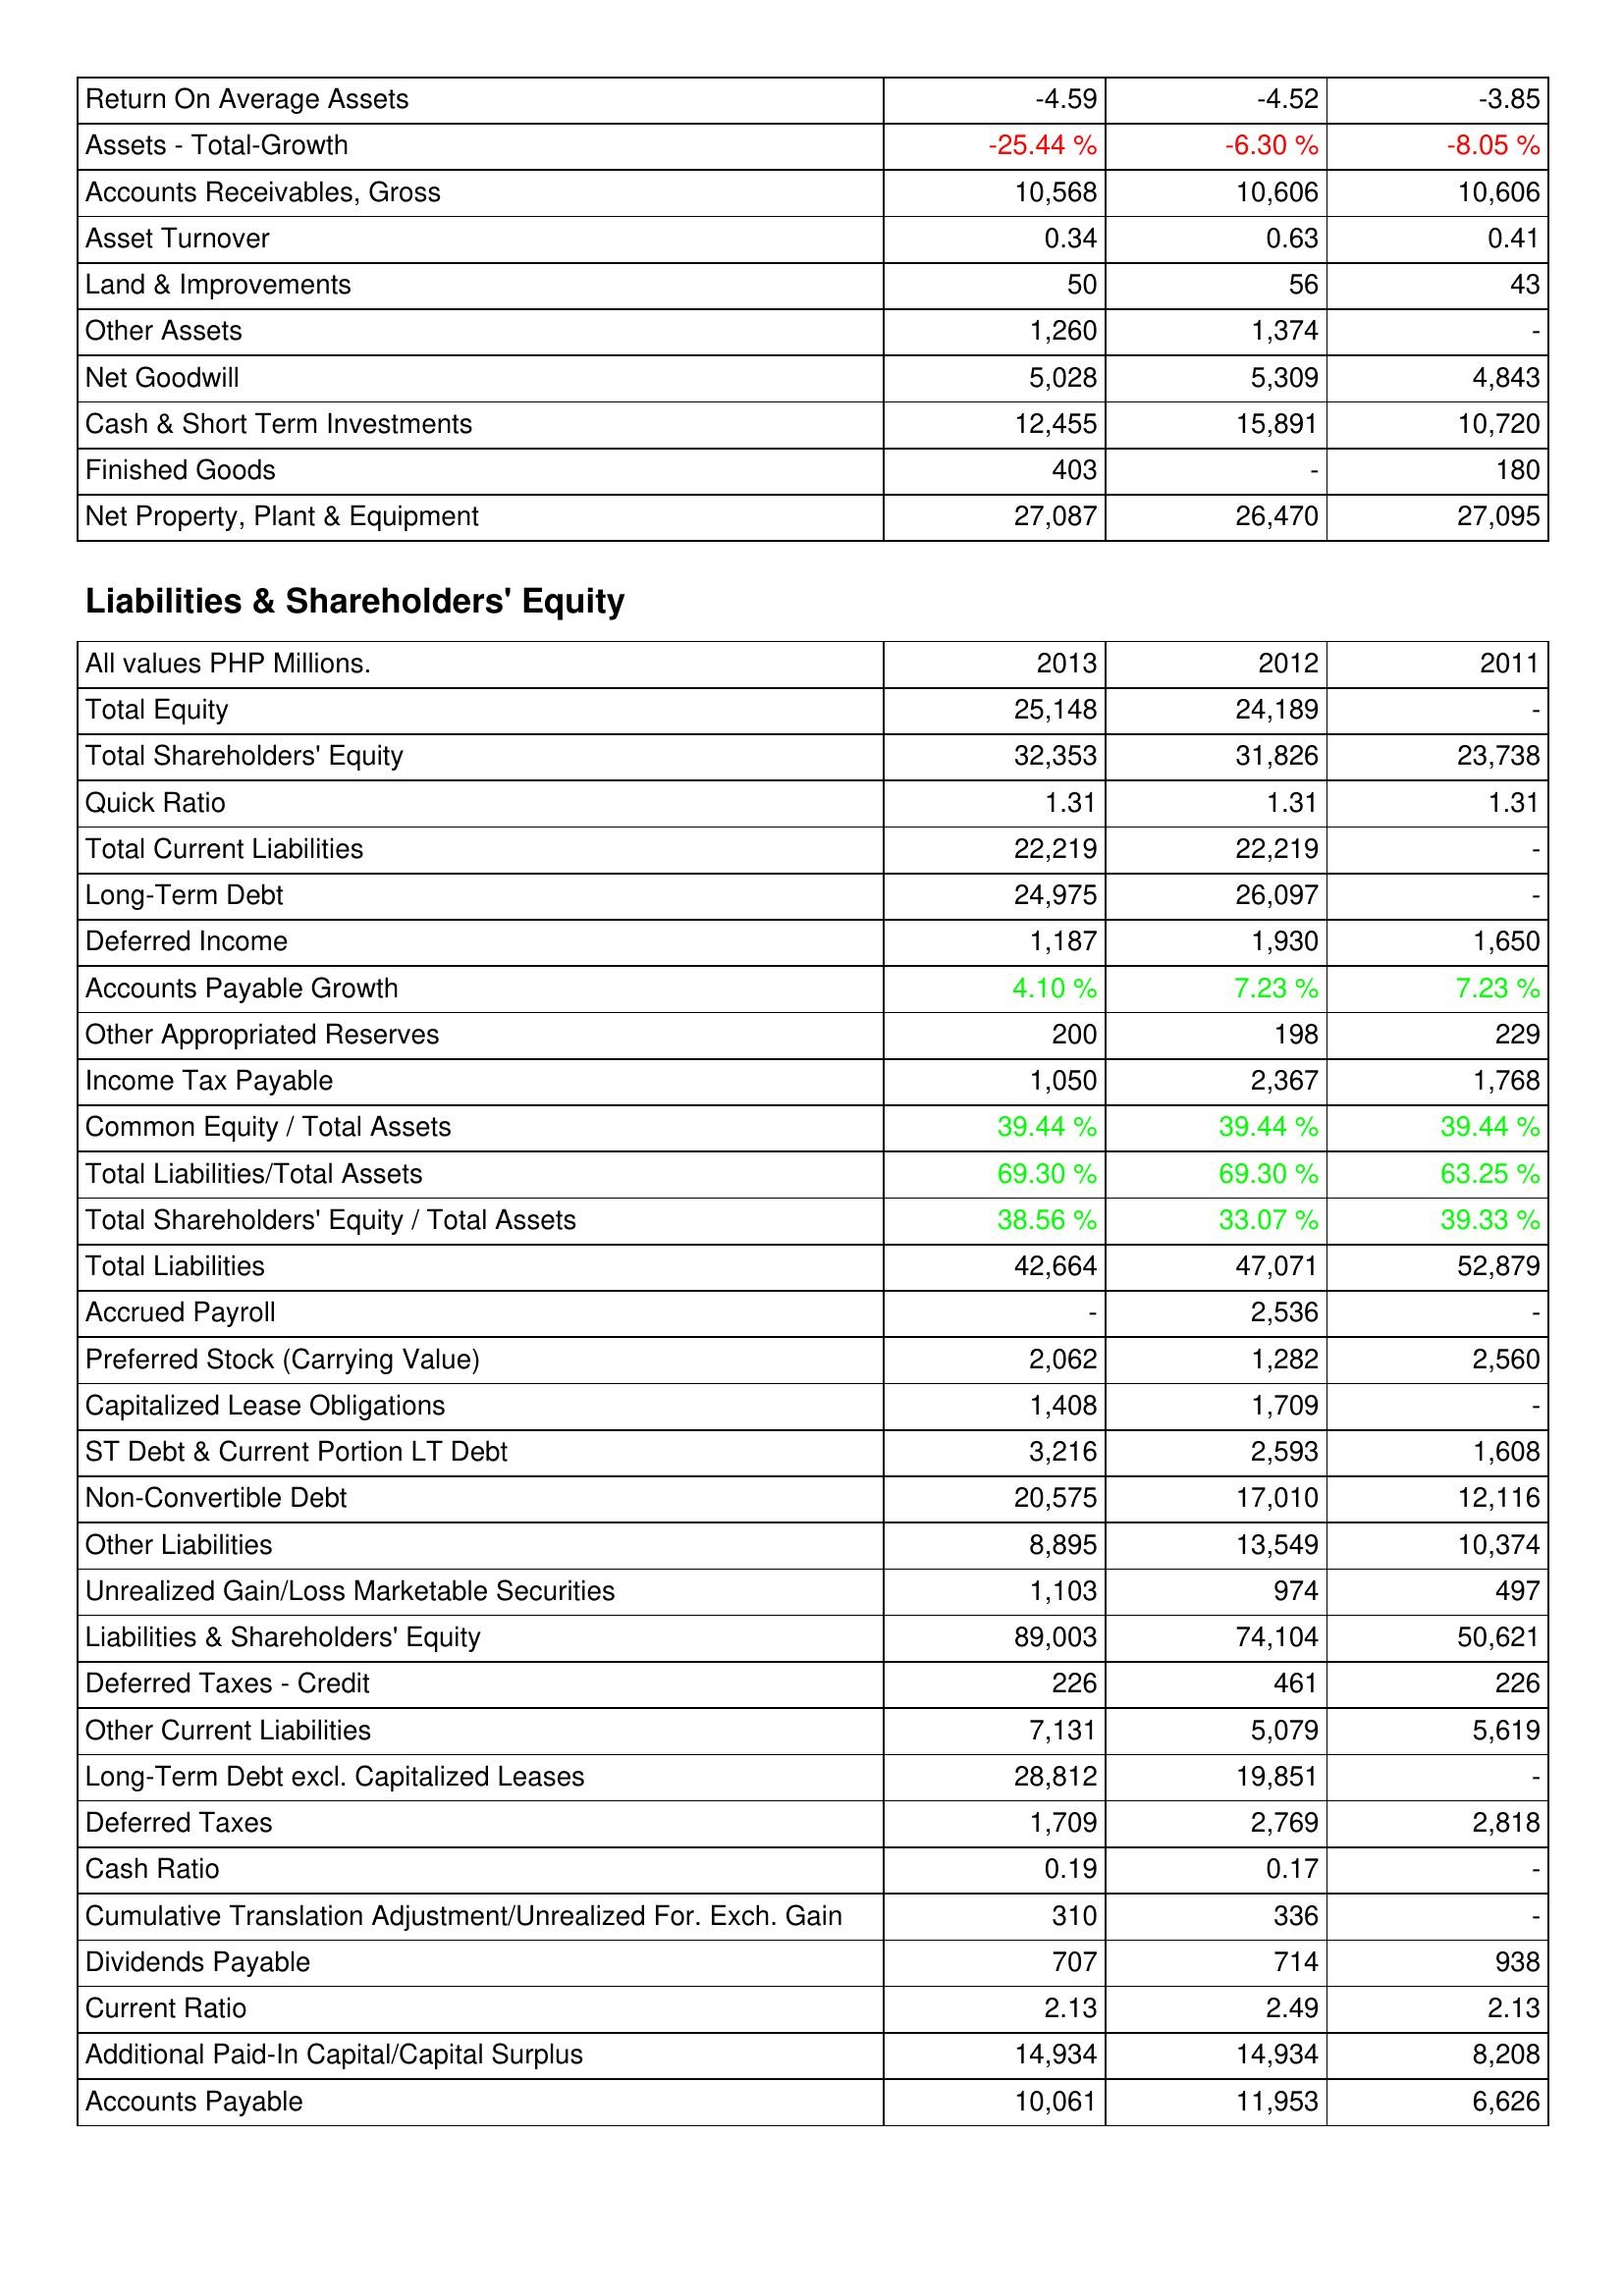
2013: Assets: Return On Average Assets: -4.59
Assets - Total-Growth: -25.44 %
Accounts Receivables, Gross: 10,568
Asset Turnover: 0.34
Land & Improvements: 50
Other Assets: 1,260
Net Goodwill: 5,028
Cash & Short Term Investments: 12,455
Finished Goods: 403
Net Property, Plant & Equipment: 27,087
Liabilities & Shareholders' Equity: Total Equity: 25,148
Total Shareholders' Equity: 32,353
Quick Ratio: 1.31
Total Current Liabilities: 22,219
Long-Term Debt: 24,975
Deferred Income: 1,187
Accounts Payable Growth: 4.10 %
Other Appropriated Reserves: 200
Income Tax Payable: 1,050
Common Equity / Total Assets: 39.44 %
Total Liabilities/Total Assets: 69.30 %
Total Shareholders' Equity / Total Assets: 38.56 %
Total Liabilities: 42,664
Accrued Payroll: -
Preferred Stock (Carrying Value): 2,062
Capitalized Lease Obligations: 1,408
ST Debt & Current Portion LT Debt: 3,216
Non-Convertible Debt: 20,575
Other Liabilities: 8,895
Unrealized Gain/Loss Marketable Securities: 1,103
Liabilities & Shareholders' Equity: 89,003
Deferred Taxes - Credit: 226
Other Current Liabilities: 7,131
Long-Term Debt excl. Capitalized Leases: 28,812
Deferred Taxes: 1,709
Cash Ratio: 0.19
Cumulative Translation Adjustment/Unrealized For. Exch. Gain: 310
Dividends Payable: 707
Current Ratio: 2.13
Additional Paid-In Capital/Capital Surplus: 14,934
Accounts Payable: 10,061
2012: Assets: Return On Average Assets: -4.52
Assets - Total-Growth: -6.30 %
Accounts Receivables, Gross: 10,606
Asset Turnover: 0.63
Land & Improvements: 56
Other Assets: 1,374
Net Goodwill: 5,309
Cash & Short Term Investments: 15,891
Finished Goods: -
Net Property, Plant & Equipment: 26,470
Liabilities & Shareholders' Equity: Total Equity: 24,189
Total Shareholders' Equity: 31,826
Quick Ratio: 1.31
Total Current Liabilities: 22,219
Long-Term Debt: 26,097
Deferred Income: 1,930
Accounts Payable Growth: 7.23 %
Other Appropriated Reserves: 198
Income Tax Payable: 2,367
Common Equity / Total Assets: 39.44 %
Total Liabilities/Total Assets: 69.30 %
Total Shareholders' Equity / Total Assets: 33.07 %
Total Liabilities: 47,071
Accrued Payroll: 2,536
Preferred Stock (Carrying Value): 1,282
Capitalized Lease Obligations: 1,709
ST Debt & Current Portion LT Debt: 2,593
Non-Convertible Debt: 17,010
Other Liabilities: 13,549
Unrealized Gain/Loss Marketable Securities: 974
Liabilities & Shareholders' Equity: 74,104
Deferred Taxes - Credit: 461
Other Current Liabilities: 5,079
Long-Term Debt excl. Capitalized Leases: 19,851
Deferred Taxes: 2,769
Cash Ratio: 0.17
Cumulative Translation Adjustment/Unrealized For. Exch. Gain: 336
Dividends Payable: 714
Current Ratio: 2.49
Additional Paid-In Capital/Capital Surplus: 14,934
Accounts Payable: 11,953
2011: Assets: Return On Average Assets: -3.85
Assets - Total-Growth: -8.05 %
Accounts Receivables, Gross: 10,606
Asset Turnover: 0.41
Land & Improvements: 43
Other Assets: -
Net Goodwill: 4,843
Cash & Short Term Investments: 10,720
Finished Goods: 180
Net Property, Plant & Equipment: 27,095
Liabilities & Shareholders' Equity: Total Equity: -
Total Shareholders' Equity: 23,738
Quick Ratio: 1.31
Total Current Liabilities: -
Long-Term Debt: -
Deferred Income: 1,650
Accounts Payable Growth: 7.23 %
Other Appropriated Reserves: 229
Income Tax Payable: 1,768
Common Equity / Total Assets: 39.44 %
Total Liabilities/Total Assets: 63.25 %
Total Shareholders' Equity / Total Assets: 39.33 %
Total Liabilities: 52,879
Accrued Payroll: -
Preferred Stock (Carrying Value): 2,560
Capitalized Lease Obligations: -
ST Debt & Current Portion LT Debt: 1,608
Non-Convertible Debt: 12,116
Other Liabilities: 10,374
Unrealized Gain/Loss Marketable Securities: 497
Liabilities & Shareholders' Equity: 50,621
Deferred Taxes - Credit: 226
Other Current Liabilities: 5,619
Long-Term Debt excl. Capitalized Leases: -
Deferred Taxes: 2,818
Cash Ratio: -
Cumulative Translation Adjustment/Unrealized For. Exch. Gain: -
Dividends Payable: 938
Current Ratio: 2.13
Additional Paid-In Capital/Capital Surplus: 8,208
Accounts Payable: 6,626